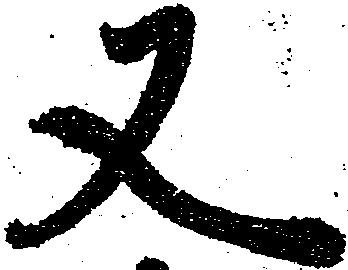
又